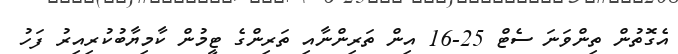
އެގޮތުން ތިންވަނަ ސެޓް 25-16 އިން ތަރިންނާއި ތަރިންގެ ޓީމުން ކާމިޔާބުކުރިއިރު ފަހު